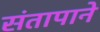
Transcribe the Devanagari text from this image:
संतापाने